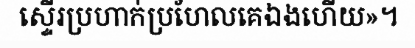
ស្ទើរប្រហាក់ប្រហែលគេឯងហើយ»។